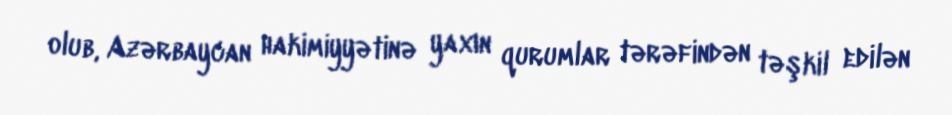
olub, Azərbaycan hakimiyyətinə yaxın qurumlar tərəfindən təşkil edilən